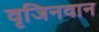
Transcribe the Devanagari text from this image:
वृजिनवान